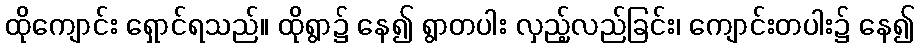
ထိုကျောင်း ရှောင်ရသည်။ ထိုရွာ၌ နေ၍ ရွာတပါး လှည့်လည်ခြင်း၊ ကျောင်းတပါး၌ နေ၍